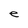
Character: e